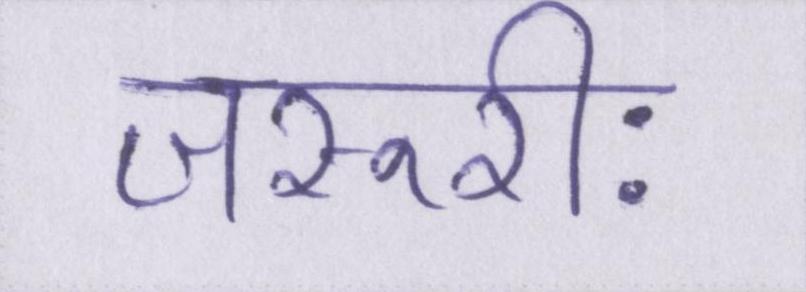
जरूरीः